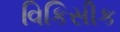
વિકિસીક